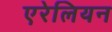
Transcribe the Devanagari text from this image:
एरेलियन